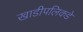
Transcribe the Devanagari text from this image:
खाडीपलिकडे